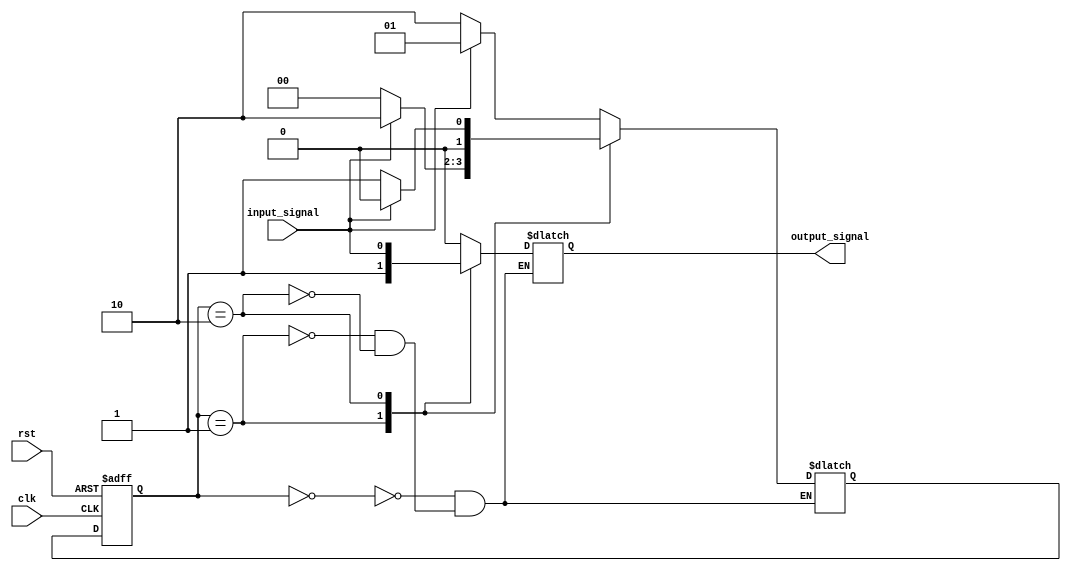
module FSM (
    input wire clk,
    input wire rst,
    input wire input_signal,
    output wire output_signal
);

// Define states using reduced state encoding
parameter STATE_A = 2'b00;
parameter STATE_B = 2'b01;
parameter STATE_C = 2'b10;

// Define state variable
reg [1:0] currentState, nextState;

// Define state transition logic
always @ (posedge clk or posedge rst)
begin
    if (rst)
        currentState <= STATE_A;
    else
        currentState <= nextState;
end

// Define next state logic
always @ (*)
begin
    case (currentState)
        STATE_A: begin
            if (input_signal)
                nextState = STATE_B;
            else
                nextState = STATE_C;
        end
        STATE_B: begin
            if (input_signal)
                nextState = STATE_C;
            else
                nextState = STATE_A;
        end
        STATE_C: begin
            if (input_signal)
                nextState = STATE_A;
            else
                nextState = STATE_B;
        end
    endcase
end

// Define output logic based on current state
always @ (*)
begin
    case (currentState)
        STATE_A: output_signal = 1'b0;
        STATE_B: output_signal = 1'b1;
        STATE_C: output_signal = input_signal;
    endcase
end

endmodule